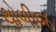
થોળીજ